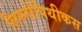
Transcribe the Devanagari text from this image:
लिम्नोपिथीकस